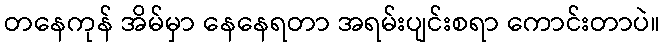
တနေကုန် အိမ်မှာ နေနေရတာ အရမ်းပျင်းစရာ ကောင်းတာပဲ။